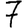
Digit: 7